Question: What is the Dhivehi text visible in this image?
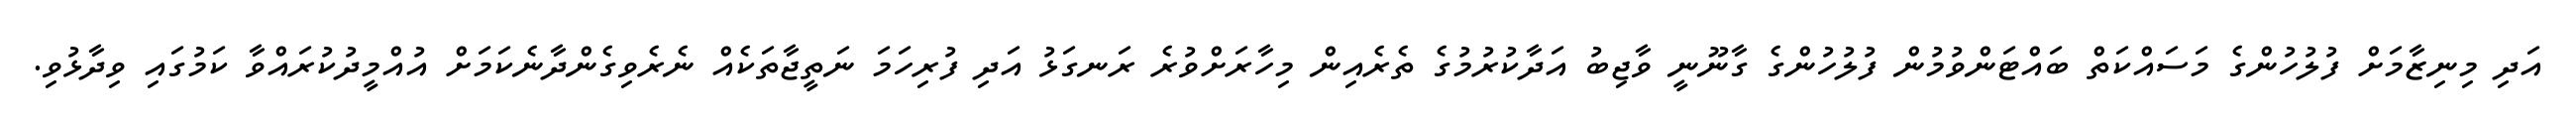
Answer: އަދި މިނިޒާމަށް ފުލުހުންގެ މަސައްކަތް ބައްޓަންވުމުން ފުލުހުންގެ ގާނޫނީ ވާޖިބު އަދާކުރުމުގެ ތެރެއިން މިހާރަށްވުރެ ރަނގަޅު އަދި ފުރިހަމަ ނަތީޖާތަކެއް ނެރެވިގެންދާނެކަމަށް އުއްމީދުކުރައްވާ ކަމުގައި ވިދާޅުވި.